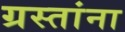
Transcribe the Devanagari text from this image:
ग्रस्तांना